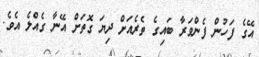
އޭގެ ފަހުން ފެންވަރާ ބައިގެ ތެރެއަށް ދިޔަ ގޮތަށް އޭނާ ގެއްލެ އެވެ.